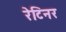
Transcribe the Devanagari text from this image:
रेटिनर